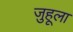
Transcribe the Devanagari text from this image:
जुहूला